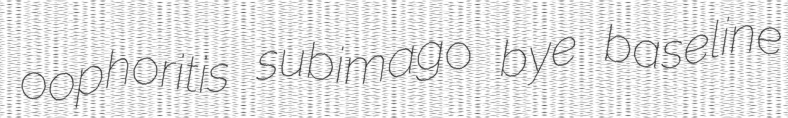
oophoritis subimago bye baseline